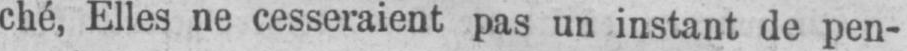
ché, Elles ne cesseraient pas un instant de pen-